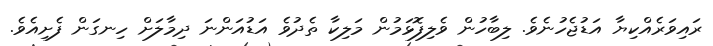
ރައިވަރެއްކިޔާ އަޑުޖެހުނެވެ. ލިބާހުން ވެލިފޮޅަމުން މަލިކާ ތެދުވެ އަޑުއަންނަ ދިމާލަށް ހިނގަން ފެށިއެވެ.